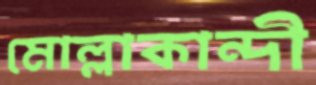
মোল্লাকান্দী